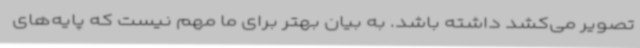
تصویر می‌کشد داشته باشد. به بیان بهتر برای ما مهم نیست که پایه‌های